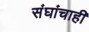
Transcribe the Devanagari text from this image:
संघांचाही